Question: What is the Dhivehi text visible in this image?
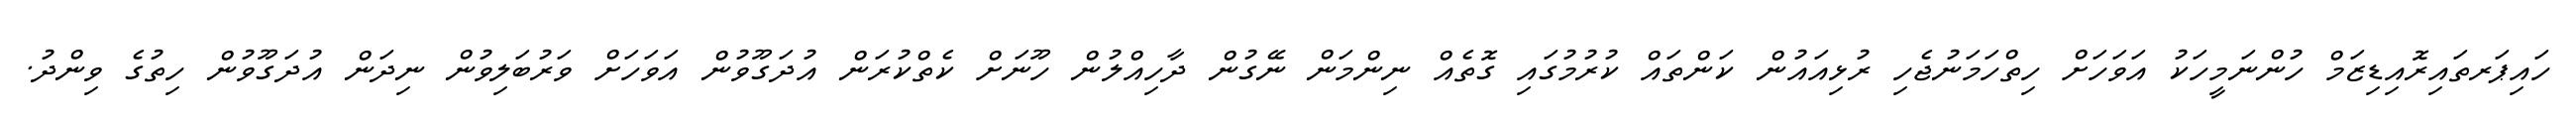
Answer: ހައިޕަރތައިރޮއިޑިޒަމް ހުންނަމީހަކު އަވަހަށް ހިތްހަމަނުޖެހި ރުޅިއައުން ކަންތައް ކުރުމުގައި ގޮތެއް ނިންމަން ނޭގުން ދާހިއްލުން ހޫނަށް ކެތްކުރަން އުދަގޫވުން އަވަހަށް ވަރުބަލިވުން ނިދަން އުދަގޫވުން ހިތުގެ ވިންދު.